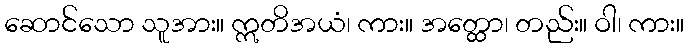
ဆောင်သော သူအား။ ဣတိအယံ၊ ကား။ အတ္ထော၊ တည်း။ ဝါ၊ ကား။